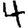
Digit: 4